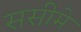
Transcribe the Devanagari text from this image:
ससीमे